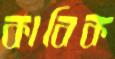
কাবিক